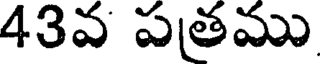
43వ పతము